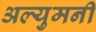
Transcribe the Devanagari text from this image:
अल्युमनी